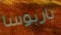
باربوسا